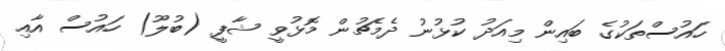
ހައުސްތަކުގެ ބައިން މިއަދު ކުޅުނު ދެމެޗުން މޮޅުވީ ޝާފީ (ބުލޫ) ހައުސް އާއި